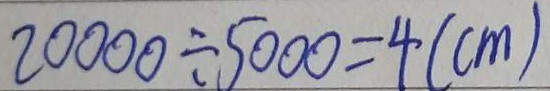
2 0 0 0 0 \div 5 0 0 0 = 4 ( c m )